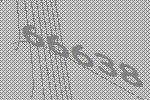
66638